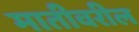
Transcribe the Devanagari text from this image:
मातीवरील